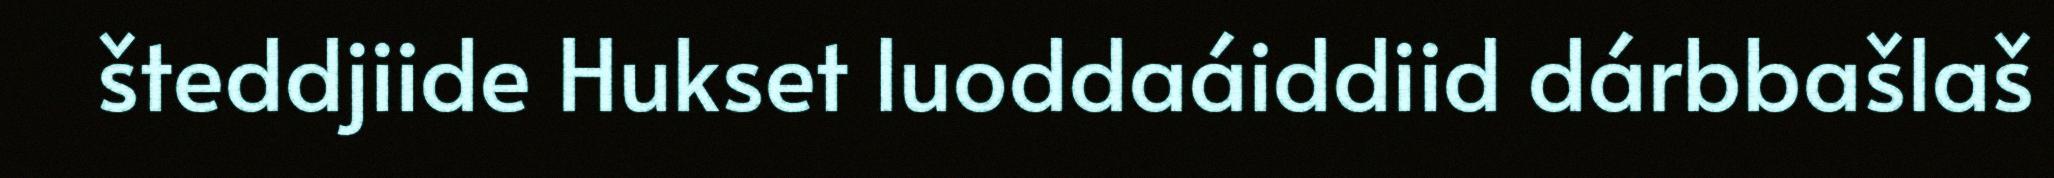
šteddjiide Hukset luoddaáiddiid dárbbašlaš